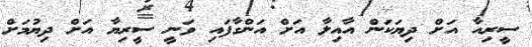
ސީރިއާ އަށް ދިޔަކަން އާއިލާ އަށް އަންގާފައި ވަނީ ސީރިޔާ އަށް ދިޔުމަށް